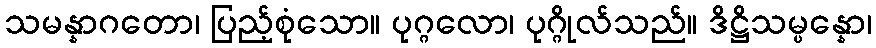
သမန္နာဂတော၊ ပြည့်စုံသော။ ပုဂ္ဂလော၊ ပုဂ္ဂိုလ်သည်။ ဒိဋ္ဌိသမ္ပန္နော၊